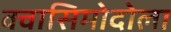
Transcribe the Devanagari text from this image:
क्वासिमोदोला